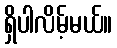
ရှိပါလိမ့်မယ်။